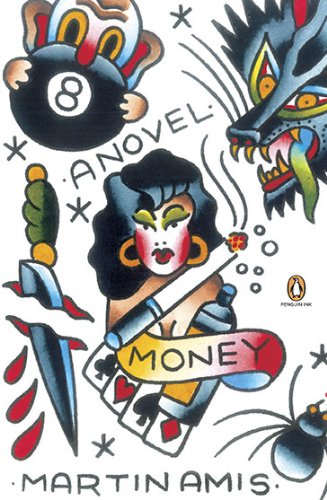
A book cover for Money: A Suicide Note (Penguin Ink); Martin Amis; Literature & Fiction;